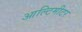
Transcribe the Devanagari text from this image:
आल्टिमीटर